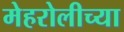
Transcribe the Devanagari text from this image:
मेहरोलीच्या